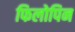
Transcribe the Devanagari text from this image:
फिलोपिन